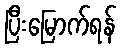
ပြီးမြောက်ရန်